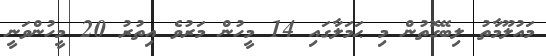
މައުލޫމާތު ލިބޭގޮތުން މި ޙަމަލާގައި 14 މީހުން މަރުވެ އިތުރު 20 މީހުންވަނީ